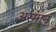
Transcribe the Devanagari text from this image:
अस्मान्